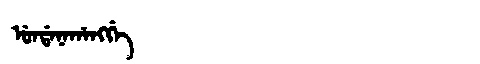
Manchu: ᡠᠨᡩᠠᠨᠠᡥᠠᠩᡤᡝ
Romanization: UNDANAHANGGE